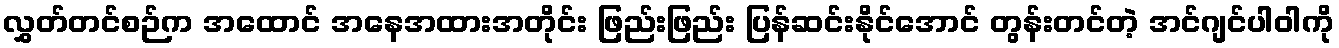
လွှတ်တင်စဉ်က အထောင် အနေအထားအတိုင်း ဖြည်းဖြည်း ပြန်ဆင်းနိုင်အောင် တွန်းတင်တဲ့ အင်ဂျင်ပါဝါကို